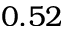
0 . 5 2